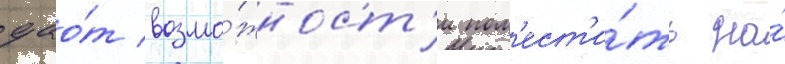
дао́т возмо́жност'и пом'ест'и́ть на́